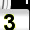
Digit: 3